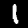
Digit: 1